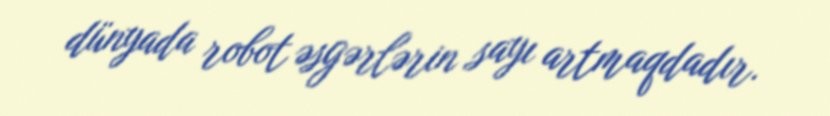
dünyada robot əsgərlərin sayı artmaqdadır.